Document type: Sale
Year: 1209
Scribe: Arnau de Torre
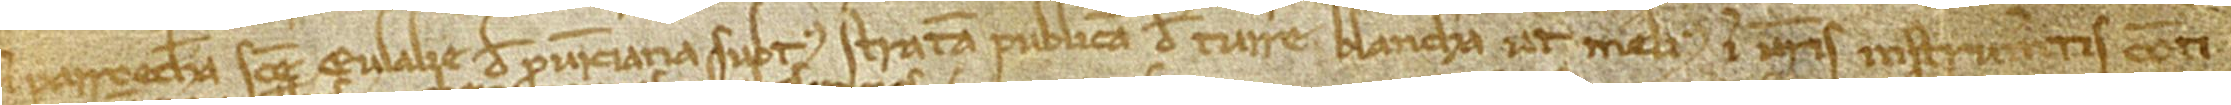
in parroechia Sancte Eulalie de Provinciana, subtus stratam publicam de Turre Blancha, ut melius in vestris instrumentis conti-